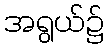
အရွယ်၌